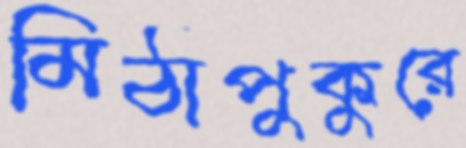
মিঠাপুকুরে